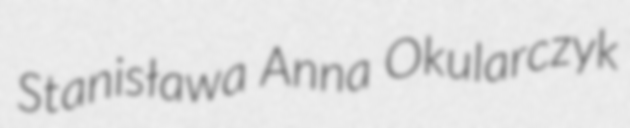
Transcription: Stanisława Anna Okularczyk